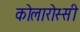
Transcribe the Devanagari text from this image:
कोलारोस्सी